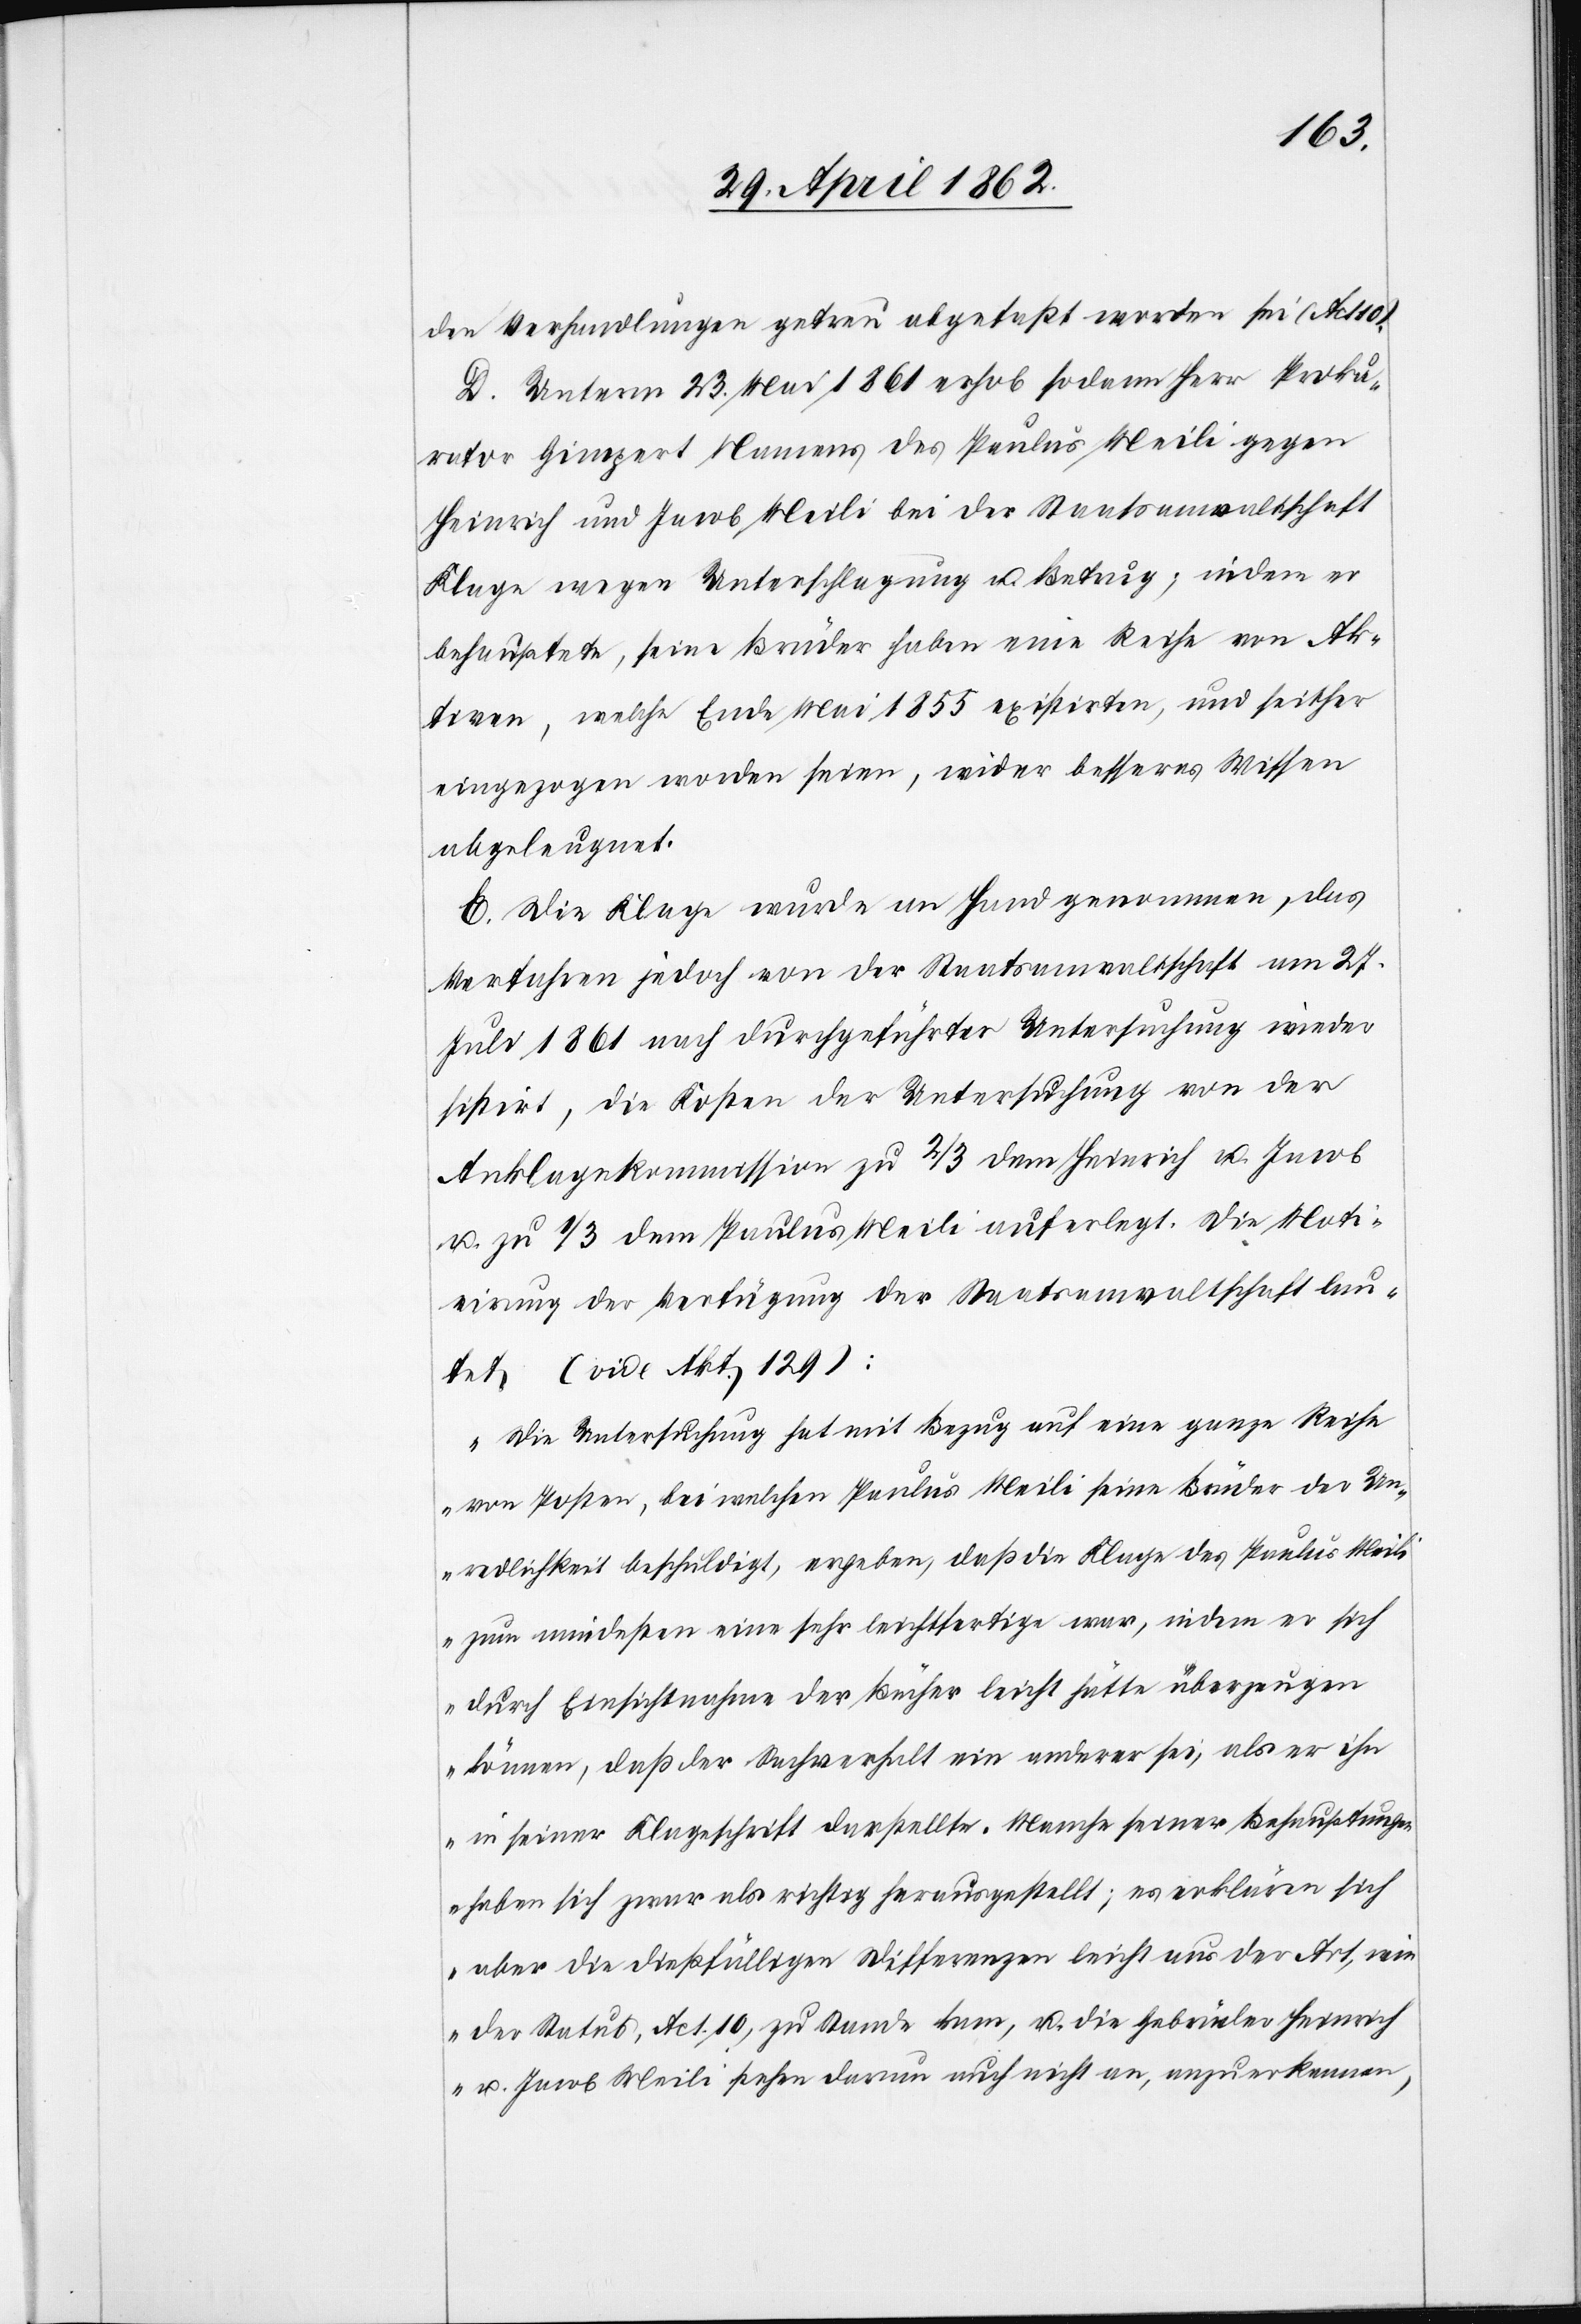
den Verhandlungen getreu abgefaßt worden sei (Act. 10).
D. Unterm 23. Mai 1861 erhob sodann Herr Proku¬
rator Gimpert Namens des Paulus Meili gegen
Heinrich und Jacob Meili bei der Staatsanwaltschaft
Klage wegen Unterschlagung u. Betrug, indem er
behauptete, seine Brüder haben eine Reihe von Ak¬
tiven, welche Ende Mai 1855 existirten, und seither
eingezogen worden seien, wider besseres Wissen
abgeleugnet.
E. Die Klage wurde an Hand genommen, das
Verfahren jedoch von der Staatsanwaltschaft am 27.
Juli 1861 nach durchgeführter Untersuchung wieder
sistirt, die Kosten der Untersuchung von der
Anklagekommission zu 2/3 dem Heinrich u. Jacob
u. zu 1/3 dem Paulus Meili auferlegt. Die Moti¬
on der Verfügung der Staatsanwaltschaft lau¬
tet (vide Akt. 129):
„Die Untersuchung hat mit Bezug auf eine ganze Reihe
von Posten, bei welchen Paulus Meili seine Brüder der Un¬
redlichkeit beschuldigt, ergeben, daß die Klage des Paulus Meil¬
i zum mindesten eine sehr leichtfertige war, indem er sich
durch Einsichtnahme der Bücher leicht hätte überzeugen
können, daß der Sachverhalt ein anderer sei, als er ihn
in seiner Klageschrift darstellte. Manche seiner Behauptungen
haben sich zwar als richtig herausgestellt, es erklären sich
aber die dießfälligen Differenzen leicht aus der Art, wie
der Status, Act. 10, zu Stande kam, u. die Gebrüder Heinrich
u. Jacob Meili stehen darum auch nicht an, anzuerkennen,